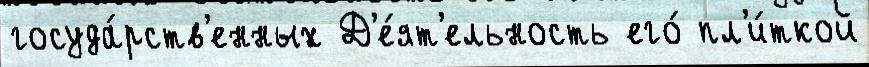
госуда́рств'енных Д'е́ят'ельность его́ пл'и́ткой